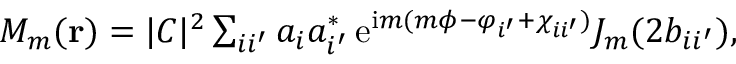
\begin{array} { r } { M _ { m } ( { \bf r } ) = | C | ^ { 2 } \sum _ { i i ^ { \prime } } a _ { i } a _ { i ^ { \prime } } ^ { * } \, \mathrm { e } ^ { \mathrm { i } m ( m \phi - \varphi _ { i ^ { \prime } } + \chi _ { i i ^ { \prime } } ) } J _ { m } ( 2 b _ { i i ^ { \prime } } ) , } \end{array}